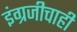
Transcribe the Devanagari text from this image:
इंग्रजीचाही